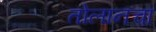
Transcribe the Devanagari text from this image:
तोलानचा